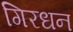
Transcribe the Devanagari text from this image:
गिरधन